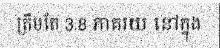
ត្រឹមតែ 3.8 ភាគរយ នៅក្នុង